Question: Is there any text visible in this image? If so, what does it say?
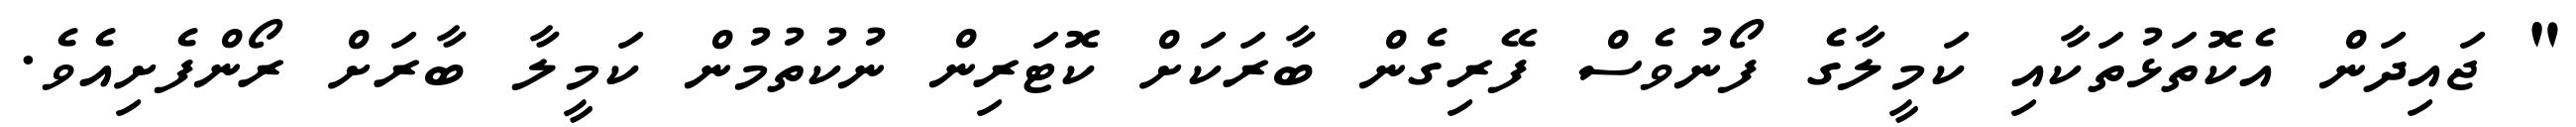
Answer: " ޖައިދަން އެކޮތަޅުތަކާއި ކަމީލާގެ ފޯނުވެސް ފޭރިގެން ބާރަކަށް ކޮޓަރިން ނުކުތުމުން ކަމީލާ ބާރަށް ރޯންފެށިއެވެ.